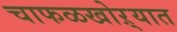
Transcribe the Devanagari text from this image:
चाफळखोऱ्यात